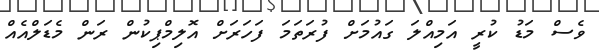
ވެސް މަޑު ކުރީ އަމިއްލަ ގައުމަށް ފުރަތަމަ ފަހަރަށް އޮލިމްޕިކުން ރަން މެޑަލްއެއް